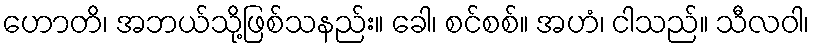
ဟောတိ၊ အဘယ်သို့ဖြစ်သနည်း။ ခေါ၊ စင်စစ်။ အဟံ၊ ငါသည်။ သီလဝါ၊